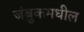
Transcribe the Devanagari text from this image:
जंबुकमधील